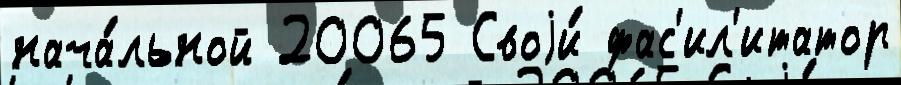
нача́льной 20065 Своjи́ фас'ил'итатор